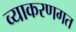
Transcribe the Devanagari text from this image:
व्याकरणगत